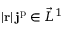
| \mathbf { r } | \, \mathbf { j } ^ { \mathrm { p } } \in \vec { L } ^ { 1 }